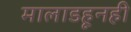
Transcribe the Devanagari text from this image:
मालाडहूनही